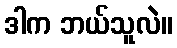
ဒါက ဘယ်သူလဲ။